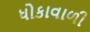
ધોકાવાળી